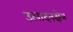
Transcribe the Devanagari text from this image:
उत्पादनक्षेत्र